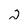
Character: 2